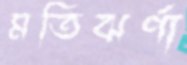
মতিঝর্ণা